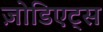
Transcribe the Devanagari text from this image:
ज़ोडिएट्स